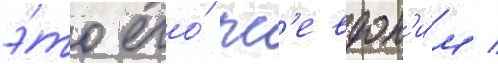
э́то его́ пс'евдон'и́м /